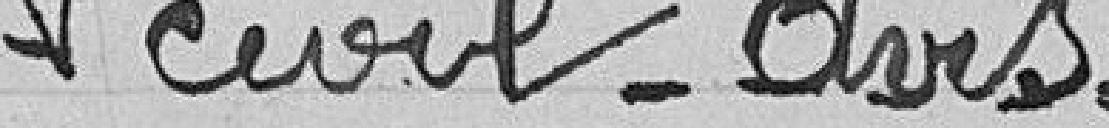
Civil - Avis